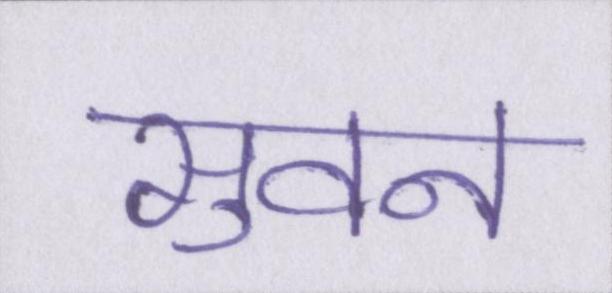
सुवन